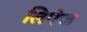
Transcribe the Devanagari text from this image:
लिपेज